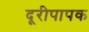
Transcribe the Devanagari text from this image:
दूरीपापक